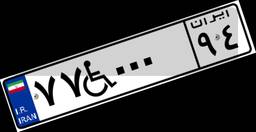
۷۷W۰۰۰۹۴